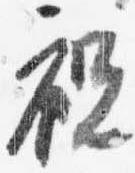
祝